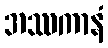
အဿကာနံ